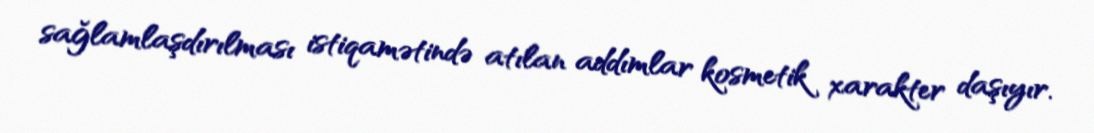
sağlamlaşdırılması istiqamətində atılan addımlar kosmetik xarakter daşıyır.